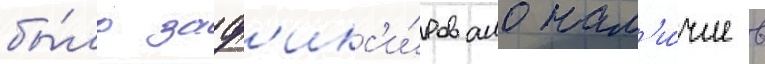
бы́ло заф'икс'и́ровано нал'и́чие в